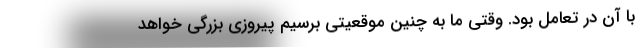
با آن در تعامل بود. وقتی ما به چنین موقعیتی برسیم پیروزی بزرگی خواهد